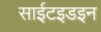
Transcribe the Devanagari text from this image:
साईटइडइन